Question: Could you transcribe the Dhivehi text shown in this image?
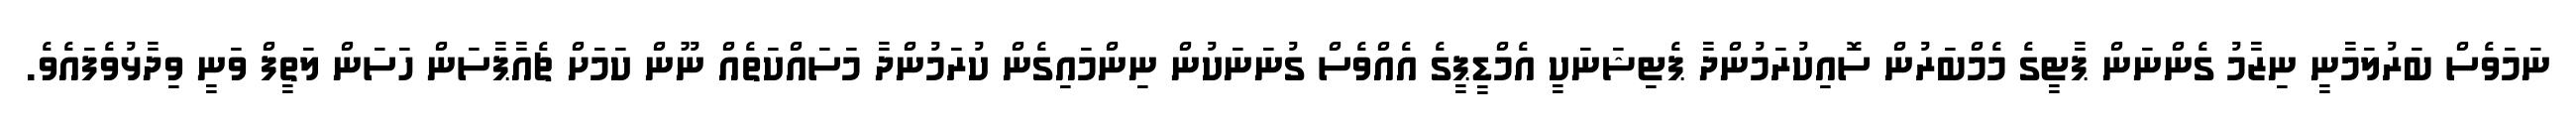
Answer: ނަމަވެސް ބަރުލަމާނީ ނިޒާމު ގެންނަން ޕާޓީގެ މެމްބަރުން ސޮއިކުރަމުންދާ ޕެޓިޝަނަކީ އެމްޑީޕީގެ އެއްވެސް ގުނަނަކުން ނިންމައިގެން ކުރަމުންދާ މަސައްކަތެއް ނޫން ކަމަށް ޗެއާޕާސަން ހަސަން ލަތީފް ވަނީ ވިދާޅުވެފައެވެ.